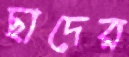
ছাদের